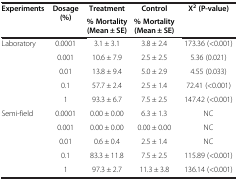
| Experiments | Dosage (%) | Treatment | Control | Χ2 (P-value) |
 |  |  | % Mortality (Mean ± SE) | % Mortality (Mean ± SE) |  |
 | --- | --- | --- | --- | --- |
 | <ROWSPAN=5> Laboratory | 0.0001 | 3.1 ± 3.1 | 3.8 ± 2.4 | 173.36 (<0.001) |
 | 0.001 | 10.6 ± 7.9 | 2.5 ± 2.5 | 5.36 (0.021) |
 | 0.01 | 13.8 ± 9.4 | 5.0 ± 2.9 | 4.55 (0.033) |
 | 0.1 | 57.7 ± 2.4 | 2.5 ± 1.4 | 72.41 (<0.001) |
 | 1 | 93.3 ± 6.7 | 7.5 ± 2.5 | 147.42 (<0.001) |
 | Semi-field | 0.0001 | 0.00 ± 0.00 | 6.3 ± 1.3 | NC |
 |  | 0.001 | 0.00 ± 0.00 | 0.00 ± 0.00 | NC |
 |  | 0.01 | 0.6 ± 0.4 | 2.5 ± 1.4 | NC |
 |  | 0.1 | 83.3 ± 11.8 | 7.5 ± 2.5 | 115.89 (<0.001) |
 |  | 1 | 97.3 ± 2.7 | 11.3 ± 3.8 | 136.14 (<0.001) |